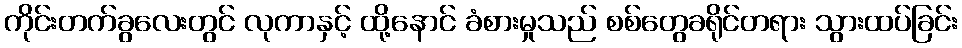
ကိုင်းတက်ခွလေးတွင် လုကာနှင့် ထို့နောင် ခံစားမှုသည် စစ်တွေခရိုင်တရား သွားထပ်ခြင်း